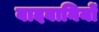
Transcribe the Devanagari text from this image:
बादबानियों